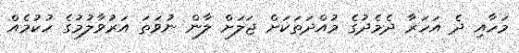
މަހާއި ދެ އަހަރާ ދެމެދުގެ މުއްދަތަކަށް ޖަލަށް ލާން ނުވަތަ އަރުވާލުމުގެ ހުކުމެއް